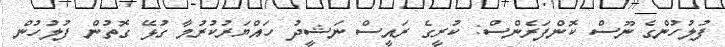
ފުލުހުންގެ ނޫސް ކޮންފަރެންސް: ކުރީގެ ރައީސް ނަޝީދު ހައްޔަރުކުރުމާ ގުޅޭ ގޮތުން ފުލުހުން